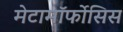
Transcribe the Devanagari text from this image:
मेटामॉर्फोसिस